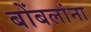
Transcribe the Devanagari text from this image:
बोंबलांना